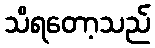
သိရတော့သည်